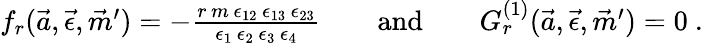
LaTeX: \begin{array}{r}{f_{r}(\vec{a},\vec{\epsilon},\vec{m}^{\prime})=-\frac{r\, m\, \epsilon_{12}\, \epsilon_{13}\, \epsilon_{23}}{\epsilon_{1}\, \epsilon_{2}\, \epsilon_{3}\, \epsilon_{4}}\qquad\mathrm{and}\qquad G_{r}^{(1)}(\vec{a},\vec{\epsilon},\vec{m}^{\prime})=0\ .}\end{array}